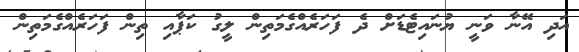
އަދި އޭނާ ވަނީ ޔުނައިޓެޑަށް ދެ ފަހަރެއްގެމަތިން ލީގު ކަޕާއި ތިން ފަހަރެއްގެމަތިން